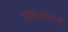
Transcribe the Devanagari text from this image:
एकअनाथ